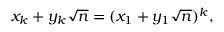
x _ { k } + y _ { k } { \sqrt { n } } = ( x _ { 1 } + y _ { 1 } { \sqrt { n } } ) ^ { k } ,